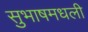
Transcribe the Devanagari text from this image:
सुभाषमधली